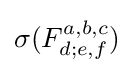
\sigma (F_{d;e,f}^{a,b,c})